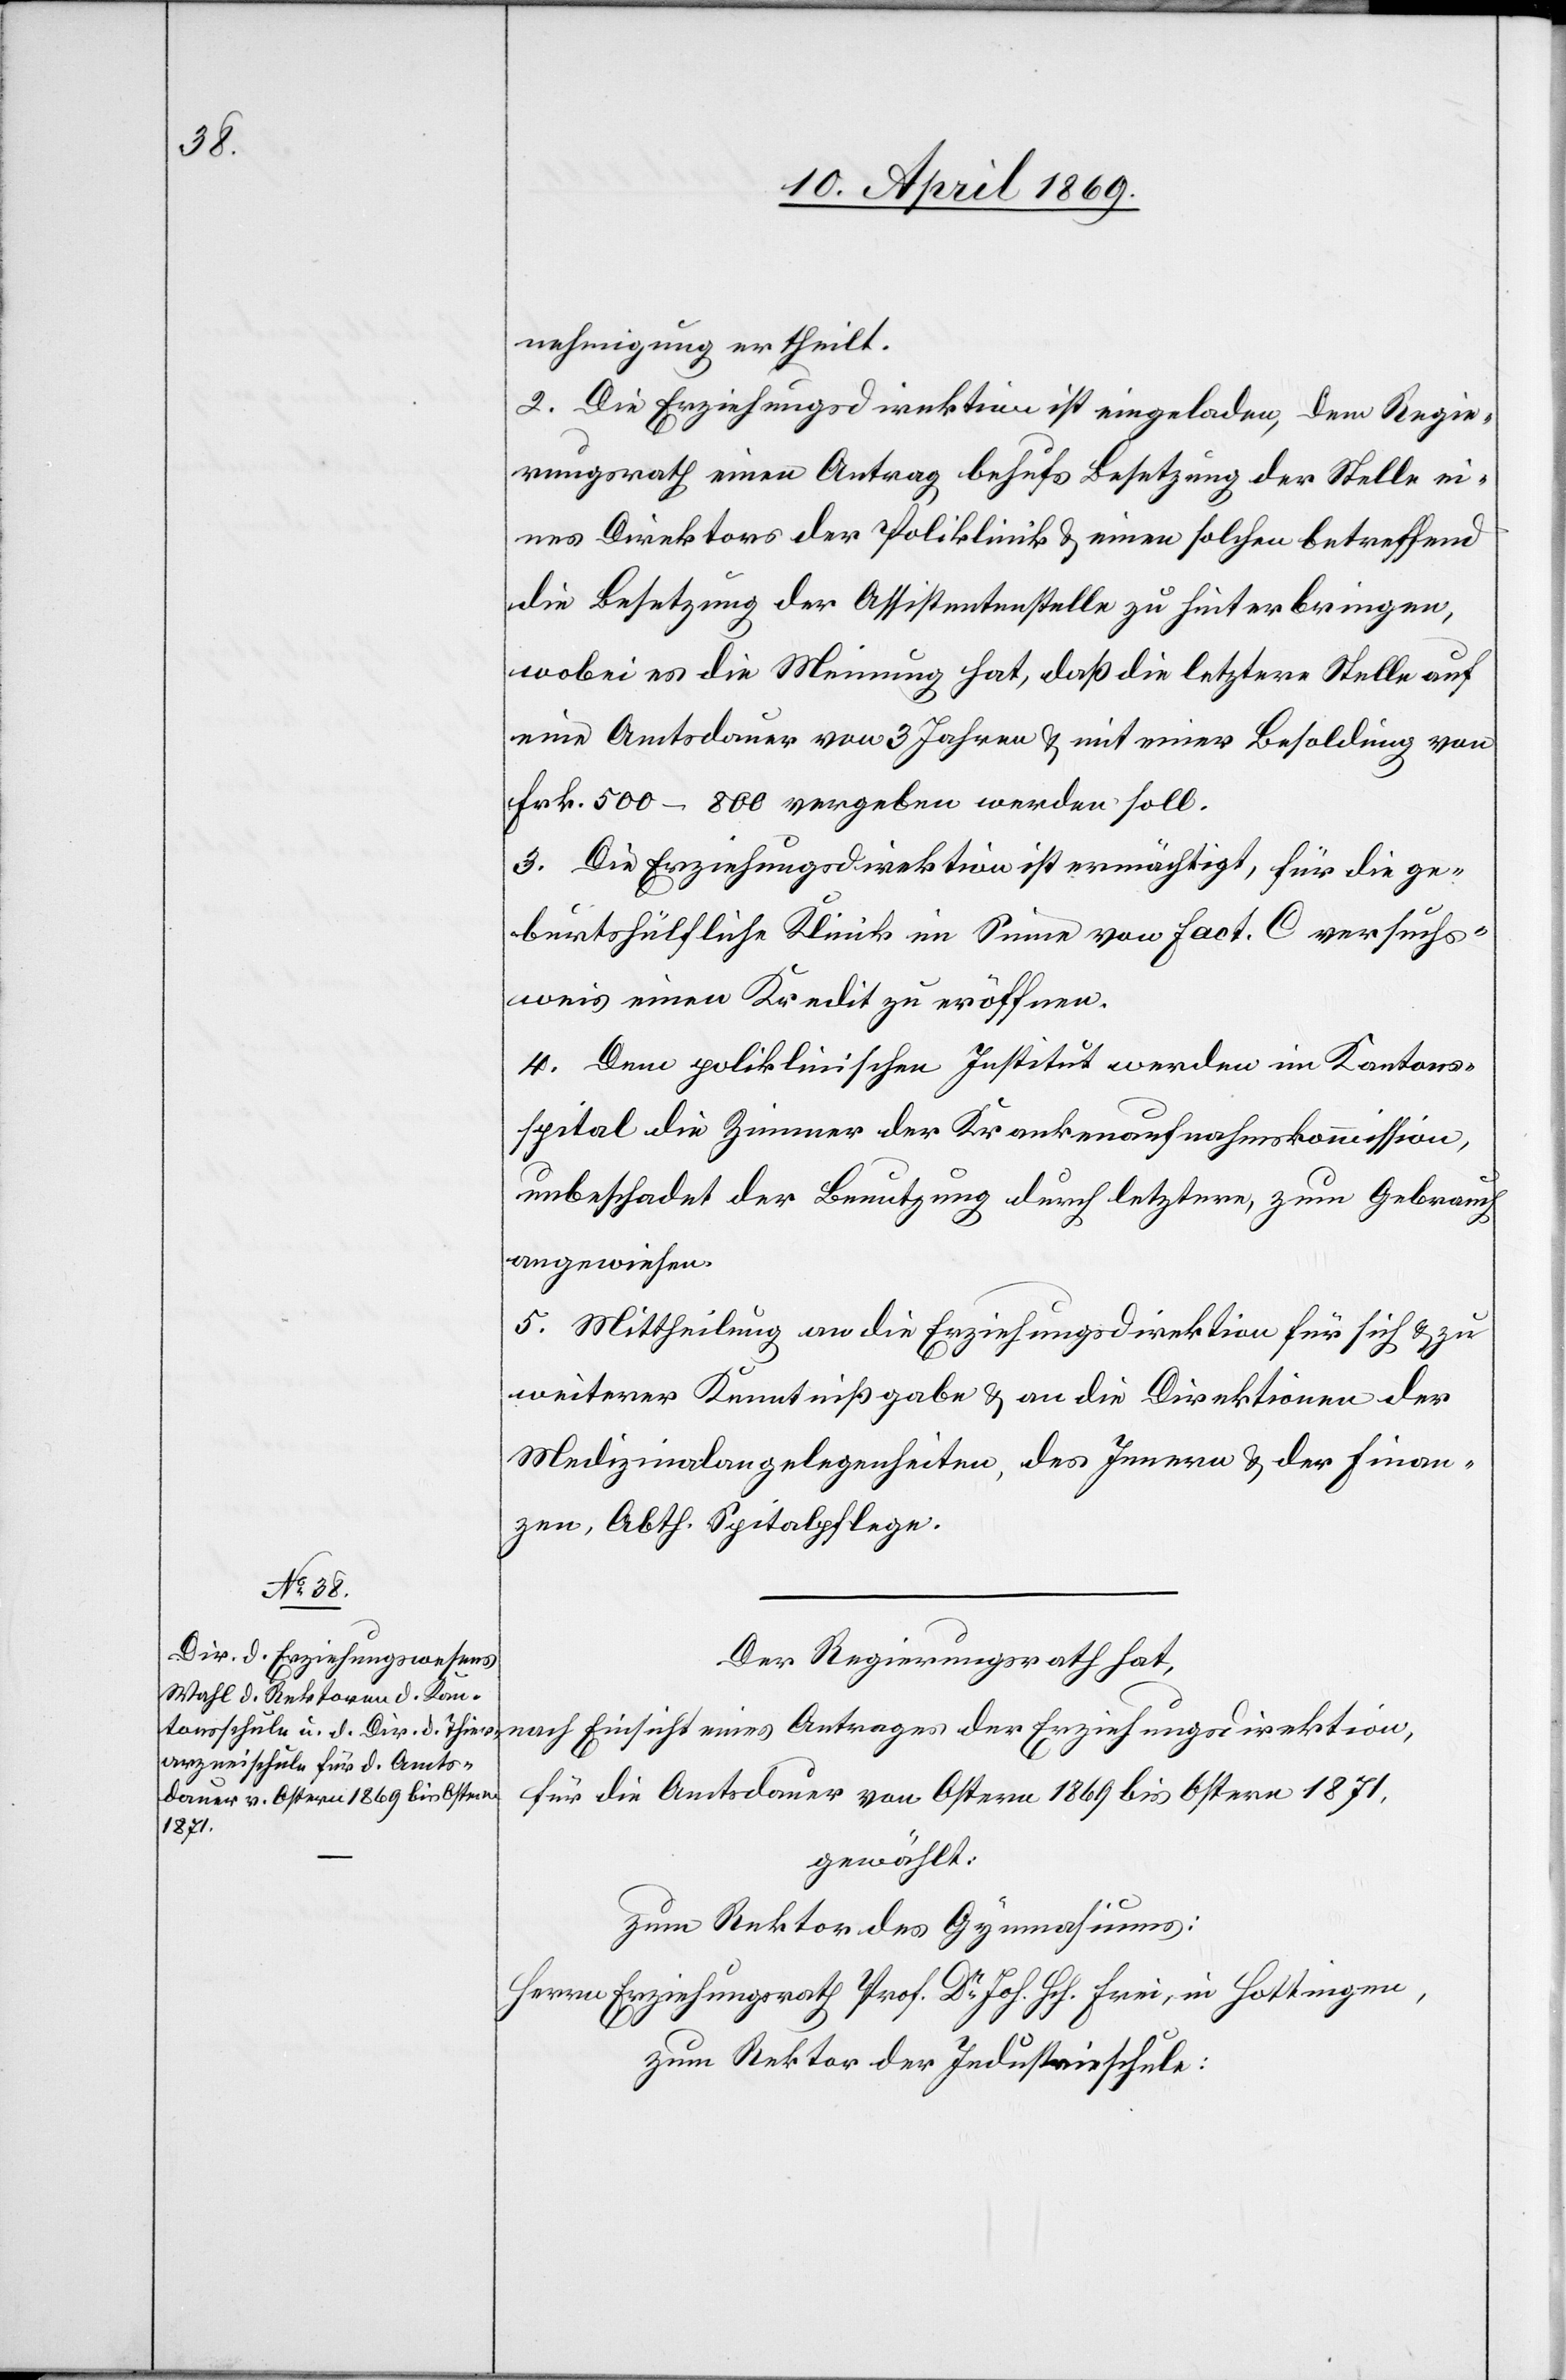
nehmigung ertheilt.
2. Die Erziehungsdirektion ist eingeladen, dem Regie¬
rungsrath einen Antrag behufs Besetzung der Stelle ei¬
nes Direktors der Poliklinik u. einen solchen betreffend
die Besetzung der Assistentenstelle zu hinterbringen,
wobei es die Meinung hat, daß die letztere Stelle auf
eine Amtsdauer von 3 Jahren u. mit einer Besoldung von
Frk. 500–800 vergeben werden soll.
3. Die Erziehungsdirektion ist ermächtigt, für die ge¬
burtshülfliche Klinik im Sinne von Fact. C versuchs¬
weis[e] einen Kredit zu eröffnen.
4. Dem poliklinischen Institut werden im Kantons¬
spital die Zimmer der Krankenaufnahmskommission,
unbeschadet der Benutzung durch letztere, zum Gebrauch
angewiesen.
5. Mittheilung an die Erziehungsdirektion für sich u. zu
weiterer Kenntnißgabe u. an die Direktionen der
Medizinalangelegenheiten, des Innern u. der Finan¬
zen, Abth. Spitalpflege.
Der Regierungsrath hat,
für die Amtsdauer von Ostern 1869 bis Ostern 1871,
gewählt:
zum Rektor des Gymnasiums:
Herrn Erziehungsrath Prof. Dr Joh. Hch. Frei, in Hottingen,
zum Rektor der Industrieschule: